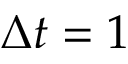
\Delta t = 1